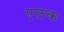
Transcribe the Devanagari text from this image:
एलक